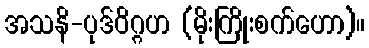
အသနိ-ပုဒ်ဝိဂ္ဂဟ (မိုးကြိုးစက်ဟော)။